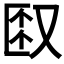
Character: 𫨼